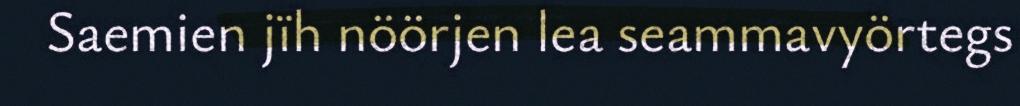
Saemien jïh nöörjen lea seammavyörtegs